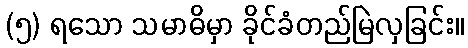
(၅) ရသော သမာဓိမှာ ခိုင်ခံတည်မြဲလှခြင်း။